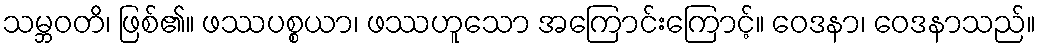
သမ္ဘဝတိ၊ ဖြစ်၏။ ဖဿပစ္စယာ၊ ဖဿဟူသော အကြောင်းကြောင့်။ ဝေဒနာ၊ ဝေဒနာသည်။